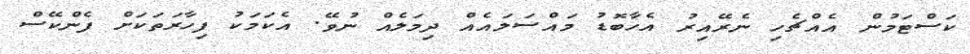
ކަސްޓަމުން އެއްޗެހި ނެރޭއިރު އެހާބޮޑު މައްސަލައެއް ދިމަލެއް ނުވޭ. އެކަމަކު ފިހާރަތަކަށް ފެންކޭސް